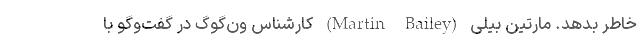
خاطر بدهد. مارتین بیلی (Martin Bailey) کارشناس ون‌گوگ در گفت‌وگو با